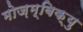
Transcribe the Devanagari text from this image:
मोज़म्बिक़्यु